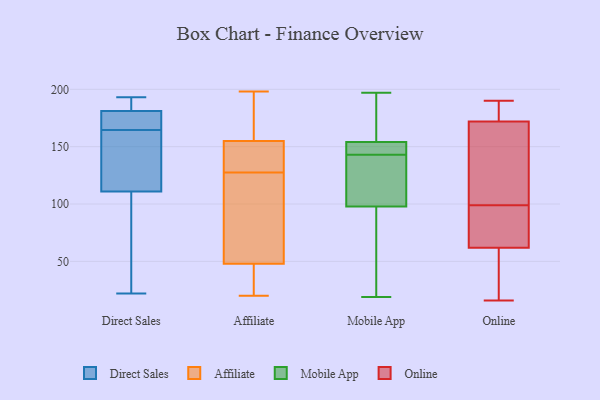
{"axis": {"x": "Conversion Rate (%)", "y": "Value"}, "legend": ["Affiliate", "Direct Sales", "Mobile App", "Online"], "data": [{"x": "", "y": 135, "type": "Direct Sales"}, {"x": "", "y": 87, "type": "Direct Sales"}, {"x": "", "y": 193, "type": "Direct Sales"}, {"x": "", "y": 188, "type": "Direct Sales"}, {"x": "", "y": 182, "type": "Direct Sales"}, {"x": "", "y": 160, "type": "Direct Sales"}, {"x": "", "y": 169, "type": "Direct Sales"}, {"x": "", "y": 175, "type": "Direct Sales"}, {"x": "", "y": 135, "type": "Direct Sales"}, {"x": "", "y": 180, "type": "Direct Sales"}, {"x": "", "y": 57, "type": "Direct Sales"}, {"x": "", "y": 22, "type": "Direct Sales"}, {"x": "", "y": 89, "type": "Affiliate"}, {"x": "", "y": 127, "type": "Affiliate"}, {"x": "", "y": 87, "type": "Affiliate"}, {"x": "", "y": 48, "type": "Affiliate"}, {"x": "", "y": 152, "type": "Affiliate"}, {"x": "", "y": 198, "type": "Affiliate"}, {"x": "", "y": 21, "type": "Affiliate"}, {"x": "", "y": 186, "type": "Affiliate"}, {"x": "", "y": 155, "type": "Affiliate"}, {"x": "", "y": 32, "type": "Affiliate"}, {"x": "", "y": 20, "type": "Affiliate"}, {"x": "", "y": 128, "type": "Affiliate"}, {"x": "", "y": 148, "type": "Affiliate"}, {"x": "", "y": 190, "type": "Affiliate"}, {"x": "", "y": 19, "type": "Mobile App"}, {"x": "", "y": 146, "type": "Mobile App"}, {"x": "", "y": 62, "type": "Mobile App"}, {"x": "", "y": 102, "type": "Mobile App"}, {"x": "", "y": 143, "type": "Mobile App"}, {"x": "", "y": 133, "type": "Mobile App"}, {"x": "", "y": 143, "type": "Mobile App"}, {"x": "", "y": 85, "type": "Mobile App"}, {"x": "", "y": 146, "type": "Mobile App"}, {"x": "", "y": 197, "type": "Mobile App"}, {"x": "", "y": 178, "type": "Mobile App"}, {"x": "", "y": 178, "type": "Mobile App"}, {"x": "", "y": 188, "type": "Mobile App"}, {"x": "", "y": 146, "type": "Mobile App"}, {"x": "", "y": 104, "type": "Mobile App"}, {"x": "", "y": 31, "type": "Mobile App"}, {"x": "", "y": 131, "type": "Mobile App"}, {"x": "", "y": 166, "type": "Online"}, {"x": "", "y": 50, "type": "Online"}, {"x": "", "y": 60, "type": "Online"}, {"x": "", "y": 28, "type": "Online"}, {"x": "", "y": 118, "type": "Online"}, {"x": "", "y": 174, "type": "Online"}, {"x": "", "y": 78, "type": "Online"}, {"x": "", "y": 187, "type": "Online"}, {"x": "", "y": 45, "type": "Online"}, {"x": "", "y": 174, "type": "Online"}, {"x": "", "y": 130, "type": "Online"}, {"x": "", "y": 188, "type": "Online"}, {"x": "", "y": 100, "type": "Online"}, {"x": "", "y": 190, "type": "Online"}, {"x": "", "y": 99, "type": "Online"}, {"x": "", "y": 16, "type": "Online"}, {"x": "", "y": 90, "type": "Online"}, {"x": "", "y": 71, "type": "Online"}, {"x": "", "y": 68, "type": "Online"}]}